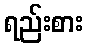
ရည်းစား